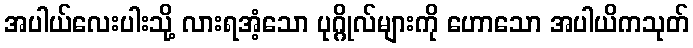
အပါယ်လေးပါးသို့ လားရအံ့သော ပုဂ္ဂိုလ်များကို ဟောသော အပါယိကသုတ်